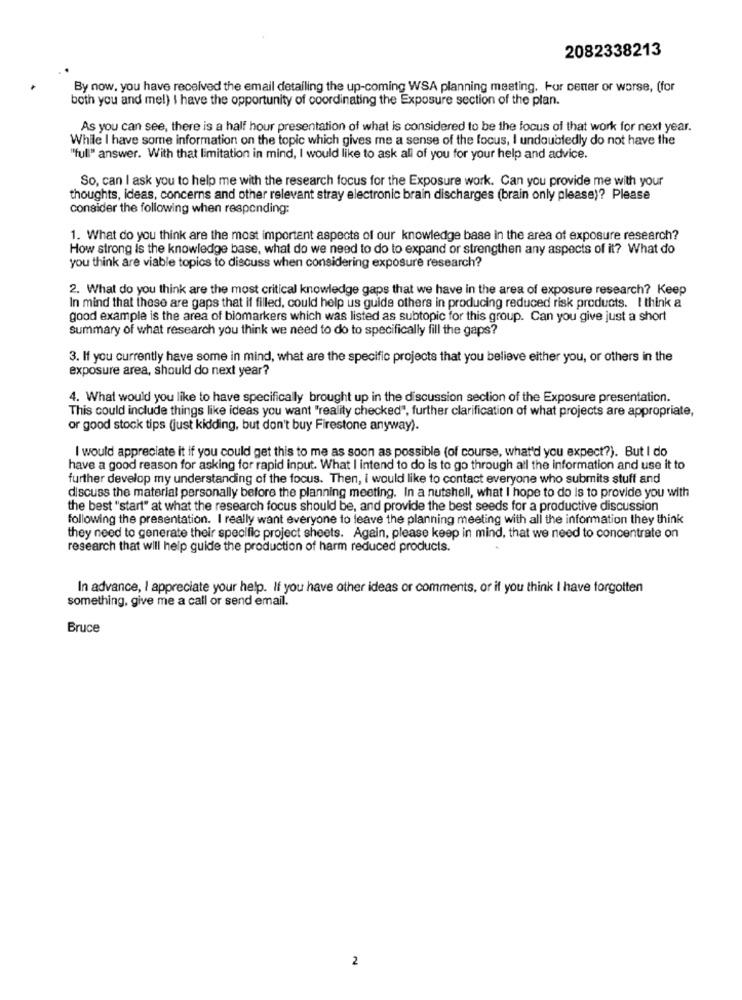
2082338213
By now, you have received the email detailing the up-coming WSA planning meeting. For cener or worse, (for
both you and mel) I have the opportunity of coordinating the Exposure section of the plan.
As you can see, there is a half hour presentation of what is considered to be the focus of that work for next year.
While I have some information on the topic which gives me a sense of the focus, I undoubtedly do not have the
"full" answer. With that limitation in mind, I would like to ask all of you for your help and advice.
So, can I ask you to help me with the research focus for the Exposure work. Can you provide me with your
thoughts, ideas, concerns and other relevant stray electronic brain discharges (brain only please)? Please
consider the following when responding:
1. What do you think are the most important aspects of our knowledge base in the area of exposure research?
How strong is the knowledge base, what do we need to do to expand or strengthen any aspects of it? What do
you think are viable topics to discuss when considering exposure research?
2. What do you think are the most critical knowledge gaps that we have in the area of exposure research? Keep
In mind that these are gaps that if filled, could help us guide others in producing reduced risk products. I think a
good example is the area of biomarkers which was listed as subtopic for this group. Can you give just a short
summary of what research you think we need to do to specifically fill the gaps?
3. If you currently have some in mind, what are the specific projects that you believe either you, or others in the
exposure area, should do next year?
4. What would you like to have specifically brought up in the discussion section of the Exposure presentation.
This could include things like ideas you want "reality checked", further clarification of what projects are appropriate,
or good stock tips (just kidding, but don't buy Firestone anyway).
I would appreciate it if you could get this to me as soon as possible (of course, what'd you expect?). But I do
have a good reason for asking for rapid input. What I intend to do is to go through all the information and use it to
further develop my understanding of the focus. Then, i would like to contact everyone who submits stuff and
discuss the material personally before the planning meeting. In a nutshell, what I hope to do is to provide you with
the best "start" at what the research focus should be, and provide the best seeds for a productive discussion
following the presentation. I really want everyone to leave the planning meeting with all the information they think
they need to generate their specific project sheets. Again, please keep in mind, that we need to concentrate on
research that will help guide the production of harm reduced products.
In advance, I appreciate your help. If you have other ideas or comments, or if you think I have forgotten
something, give me a call or send email.
Bruce
2